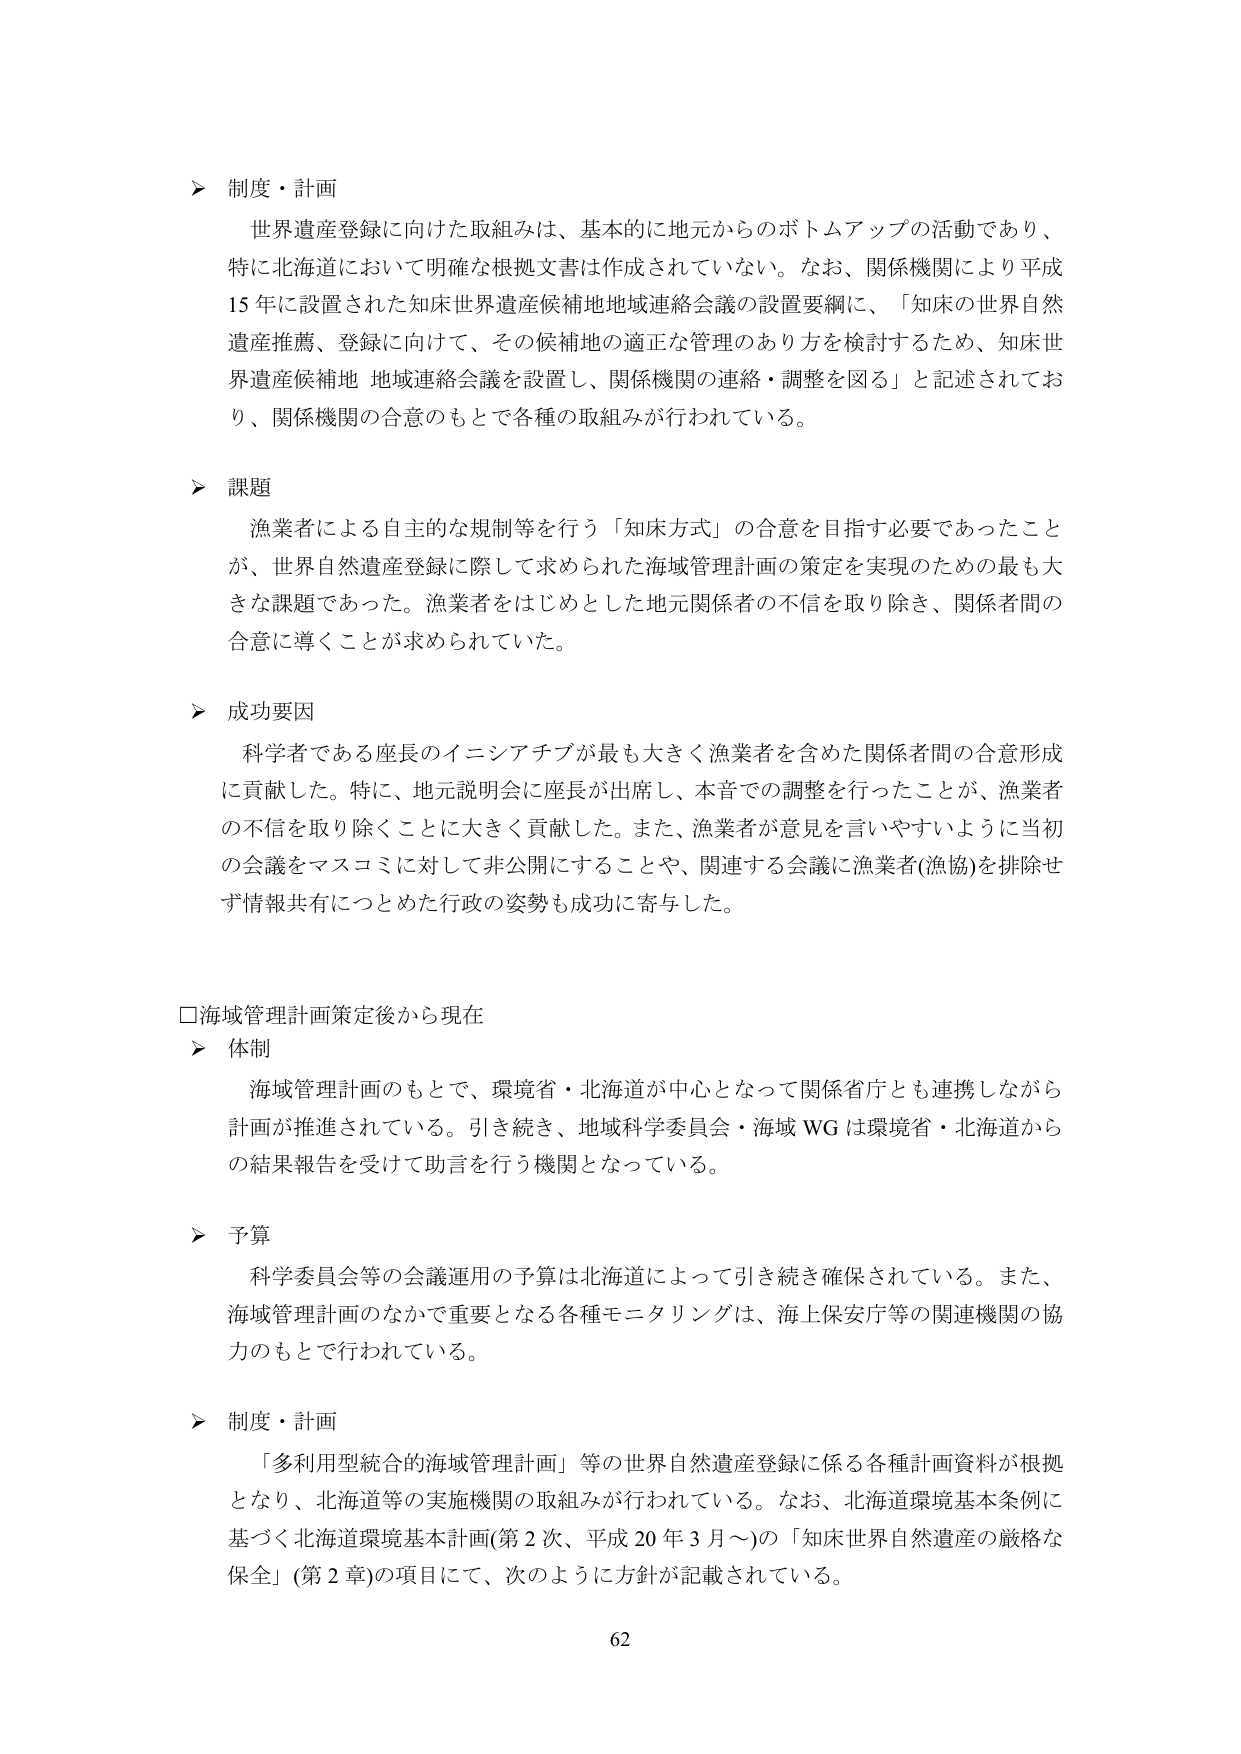
＞ 制度・計画
世界遺産登録に向けた取組みは、基本的に地元からのボトムアップの活動であり、
特に北海道において明確な根拠文書は作成されていない。なお、関係機関により平成
15年に設置された知床世界遺産候補地地域連絡会議の設置要綱に、「知床の世界自然
遺産推薦、登録に向けて、その候補地の適正な管理のあり方を検討するため、知床世
界遺産候補地 地域連絡会議を設置し、関係機関の連絡・調整を図る」と記述されてお
り、関係機関の合意のもとで各種の取組みが行われている。

＞ 課題
漁業者による自主的な規制等を行う「知床方式」の合意を目指す必要であったこと
が、世界自然遺産登録に際して求められた海域管理計画の策定を実現のための最も大
きな課題であった。漁業者をはじめとした地元関係者の不信を取り除き、関係者間の
合意に導くことが求められていた。

＞ 成功要因
科学者である座長のイニシアチブが最も大きく漁業者を含めた関係者間の合意形成
に貢献した。特に、地元説明会に座長が出席し、本音での調整を行ったことが、漁業者
の不信を取り除くことに大きく貢献した。また、漁業者が意見を言いやすいように当初
の会議をマスコミに対して非公開にすることや、関連する会議に漁業者(漁協)を排除せ
ず情報共有につとめた行政の姿勢も成功に寄与した。

□海域管理計画策定後から現在
＞ 体制
海域管理計画のもとで、環境省・北海道が中心となって関係省庁とも連携しながら
計画が推進されている。引き続き、地域科学委員会・海域WGは環境省・北海道から
の結果報告を受けて助言を行う機関となっている。

＞ 予算
科学委員会等の会議運用の予算は北海道によって引き続き確保されている。また、
海域管理計画のなかで重要となる各種モニタリングは、海上保安庁等の関連機関の協
力のもとで行われている。

＞ 制度・計画
「多利用型統合の海域管理計画」等の世界自然遺産登録に係る各種計画資料が根拠
となり、北海道等の実施機関の取組みが行われている。なお、北海道環境基本条例に
基づく北海道環境基本計画(第2次、平成20年3月～)の「知床世界自然遺産の厳格な
保全」(第2章)の項目にて、次のように方針が記載されている。

62